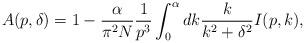
LaTeX: \begin{align*}A(p, \delta )=1 - \frac{\alpha}{\pi^2N}\frac{1}{p^3} \int _0^\alpha dk \frac{k}{k^2+ \delta ^2}I(p,k),\end{align*}